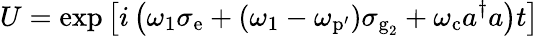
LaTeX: U=\textrm{exp}\left[i\left(\omega_{1}\sigma_{\textrm{e}}+(\omega_{1}-\omega_{\textrm{p}\mathrm{{'}}})\sigma_{\textrm{g}_{2}}+\omega_{\textrm{c}}a^{\dagger}a\right)t\right]